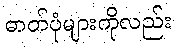
ဓာတ်ပုံများကိုလည်း